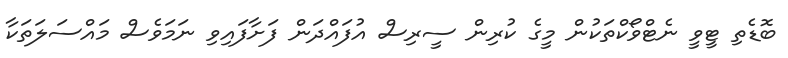
ބޮޑެތި ޓީވީ ނެޓްވޯކްތަކުން މީގެ ކުރިން ސީރިސް އުފައްދަން ފަށާފައިވި ނަމަވެސް މައްސަލަތަކާ